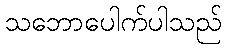
သဘောပေါက်ပါသည်